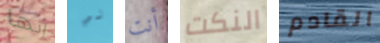
إنها لي أنت النكت القادم